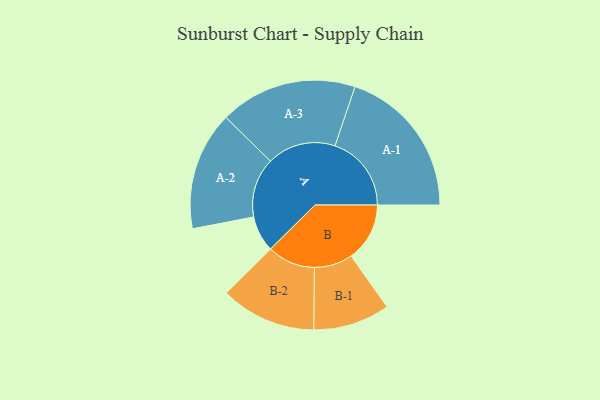
{"axis": {"x": "Segment", "y": "Value"}, "legend": ["", "A", "B"], "data": [{"x": "A", "y": 132, "type": ""}, {"x": "B", "y": 214, "type": ""}, {"x": "A-1", "y": 279, "type": "A"}, {"x": "A-2", "y": 217, "type": "A"}, {"x": "A-3", "y": 251, "type": "A"}, {"x": "B-1", "y": 140, "type": "B"}, {"x": "B-2", "y": 175, "type": "B"}]}